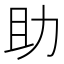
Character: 助